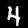
Label: 4